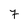
Character: 7